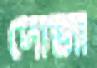
দোজা